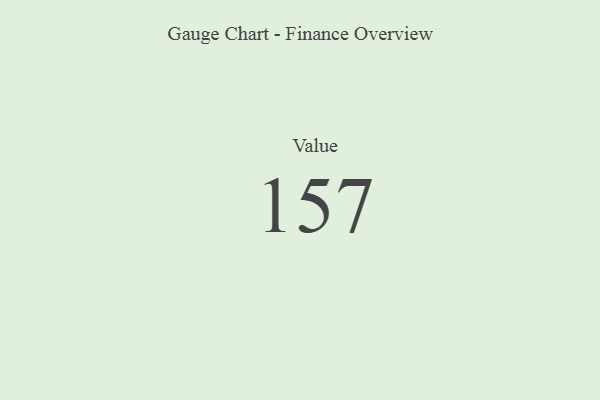
{"axis": {"x": "Metric", "y": "Value"}, "legend": [""], "data": [{"x": "Value", "y": 157, "type": ""}]}